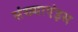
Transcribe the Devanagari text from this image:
संख्याएंइस